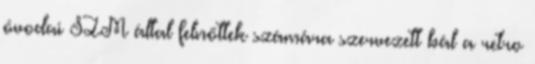
óvodai SZM által felnőttek számára szervezett bál a retro